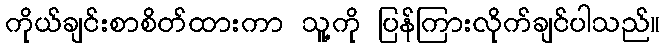
ကိုယ်ချင်းစာစိတ်ထားကာ သူ့ကို ပြန်ကြားလိုက်ချင်ပါသည်။